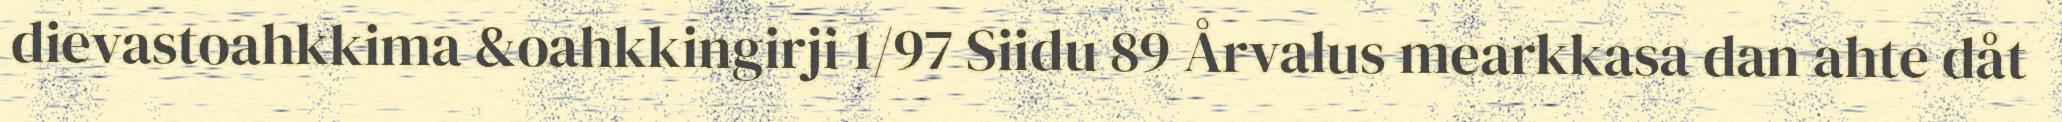
dievastoahkkima &oahkkingirji 1/97 Siidu 89 Årvalus mearkkasa dan ahte dåt